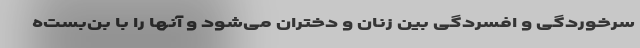
سرخوردگی و افسردگی بین زنان و دختران می‌شود و آنها را با بن‌بست‌ه